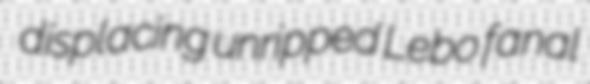
displacing unripped Lebo fanal